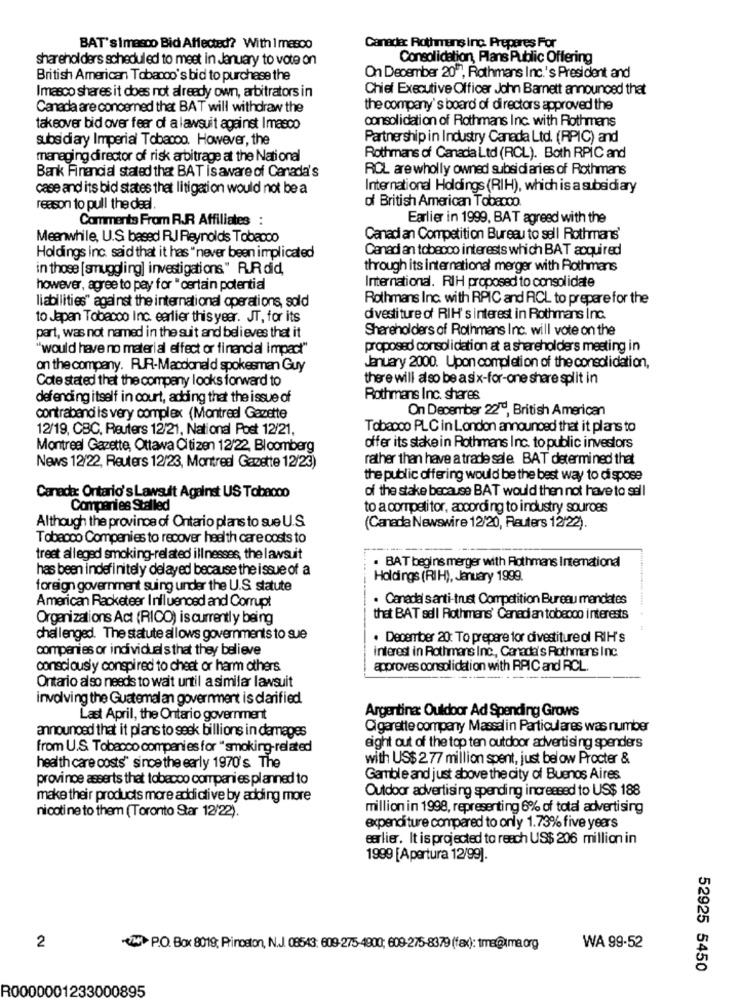
BAT's Imasco Bid Affected? With 1 masco
Canada: Rothmans Inc. Prepares For
shareholders scheduled to meet in January to vote on
Consolidation, Plans Public Offering
British American Tobacco's bid to purchase the
On December 20"", Rothmans Inc.'s President and
Chief Executive Officer John Barnett announced that
Imasco shares it does not already own, arbitrators in
Canada are concerned that BAT will withdraw the
the company's board of directors approved the
consolidation of Rothmans Inc. with Rothmans
takeover bid over fear of a lawsuit against Imasco
subsidiary Imperial Tobacco. However, the
Partnership in Industry Canada Ltd. (RPIC) and
managing director of risk arbitrage at the National
Rothmans of Canada Ltd (RCL). Both RPIC and
ROL are wholly owned subsidi aries of Rothmans
Bank Financial stated that BAT is aware of Canada's
case and its bid states that litigation would not be a
International Holdings (RIH), which is a subsidiary
of British American Tobacco
reason to pull the deal
Comments From RJR Affiliates :
Earlier in 1999, BAT agreed with the
Meanwhile, U.S based RJ Reynolds Tobacco
Canadi an Competition Bureau to sell Rothmans'
Canadian tobacco interests which BAT acquired
Holdings inc. said that it has "never been implicated
in those [smuggling] investigations" R.Rdid,
through its international merger with Rothmans
however, agree to pay for " certain potential
International. RIH proposed to consolidate
Rothmans Inc. with RPIC and ACL to prepare for the
liabilities" against the international operations, sold
to Japan Tobacco Inc. earlier this year. JT, for its
divestiture of RIH's interest in Rothmans Inc.
Shareholders of Rothmans Inc. will vote on the
part, was not named in the suit and believes that it
"would have no material effect or financial impact"
proposed consolidation at a shareholders meeting in
on the company. RUR-Macdonald spokesman Guy
January 2000. Upon completion of the consolidation,
Cote stated that the company looks forward to
there will also be a six-for-one share split in
defending itself in court, adding that the issue of
Rothmans Inc. shares
On December 22", British American
contraband is very complex (Montreal Gazette
12/19, CBC, Reuters 12/21, National Post 12/21,
Tobacco PLC in London announced that it plans to
Montreal Gazette, Ottawa Citizen 12/22, Bloomberg
offer its stake in Rothmans Inc. to public investors
rather than have a trade sale BAT determined that
News 12/22, Reuters 12/23, Montreal Gapette 12/23)
the public offering would be the best way to dispose
of the stake because BAT would then not have to sell
Canada: Ontario's Lawsuit Against US Tobacco
Companies Stalled
to a competitor, according to industry sources
Although the province of Ontario plans to sue U.S.
(Canada Newswire 12/20, Reuters 12/22).
Tobacco Companies to recover health care costs to
treet alleged smoking-related illnesses, the lawsuit
. BAT begins merger with Rothmans International
has been indefinitely delayed because the issue of a
Holdings (RIH), January 1999.
foreign government suing under the U.S. statute
· Canada s anti-trust Competition Bureau mandates
American Racketeer Influenced and Corrupt
Organizations Act (RICO) is currently being
that BAT sell Rothmans' Canadian tobeooo interests
challenged. The statute allows governments to sue
. December 20: To prepare for divestiture ol RIH's
companies or individual s that they believe
interest in Rothmans Inc ., Canada's Rothmans Inc.
consciously conspired to cheat or harm others
approves consolidation with RAIC and RCL.
Ontario also needs to wait until a similar lawsuit
involving the Guatemal an government is clarified
Last April, the Ontario government
Argentina: Ouldoor Ad Spending Grows
announced that it plans to seek billions in damages
Cigarette company Massalin Particulares was number
from U.S. Tobacco companies for "smoking-related
eight out of the top ten outdoor advertising spender's
with US$ 277 million spent, just below Procter &
health care costs" since the early 1970's The
province asserts that tobacco companies planned to
Gamble and just above the city of Buenos Aires
Outdoor advertising spending increased to US$ 188
make their products more addictive by adding more
million in 1998, representing 6% of total advertising
nicotine to them (Toronto Star 12/22).
expenditure compared to only 1.73% five years
earlier. It is projected to reach US$ 206 million in
1999 [Apertura 12/99].
2
VHP.O. Box 8019; Princeton, N.J. 08543: 609-275-4800; 609-275-8379 (fax): tma@xma.org
WA 99-52
52925 5450
R0000001233000895